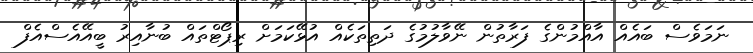
ނަމަވެސް ބައެއް އާއްމުންގެ ފަރާތުން ނޭވާލުމުގެ ދަތިތަކެއް އުޅޭކަމަށް ރިޕޯޓްތައް ބުނާއިރު ބީއޭއެސްއެފް